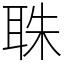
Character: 䎷